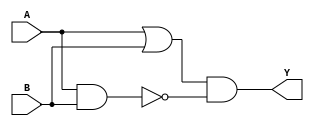
module xor_gate (
    input A,
    input B,
    output Y
);

wire W1, W2, W3;

// Implementing the AND gate
and gate1 (W1, A, B);

// Implementing the OR gate
or gate2 (W2, A, B);

// Implementing the NOT gate
not gate3 (W3, W1);

// Output Y is the result of the OR gate
assign Y = W2 & W3;

endmodule